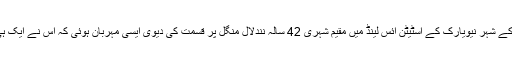
تفصیلات کے مطابق براعظم امریکا کے ملک متحدہ ہائے امریکا کے شہر نیویارک کے اسٹیٹن آئس لینڈ میں مقیم شہری 42 سالہ نندلال منگل پر قسمت کی دیوی ایسی مہربان ہوئی کہ اس نے ایک ہی دفعہ میں لاٹری ٹکٹ کے ذریعے کروڑوں ڈالر کی رقم جیت لی۔